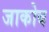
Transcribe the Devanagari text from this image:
जाकोब